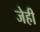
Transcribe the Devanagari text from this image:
जेही